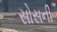
સોસની